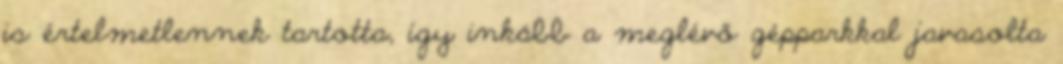
is értelmetlennek tartotta, így inkább a meglévő gépparkkal javasolta